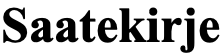
Saatekirje